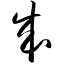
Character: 成